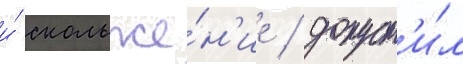
и́ скольже́н'ие / допуст'и́л